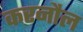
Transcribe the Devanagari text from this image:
करनौल